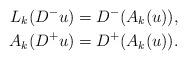
LaTeX: \begin{align*}L_k(D^{-}u)&=D^-(A_k(u)),\\A_k(D^+u)&= D^{+}(A_k(u)).\end{align*}